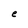
Character: e